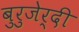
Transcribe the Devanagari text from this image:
बुरुजेर्दी